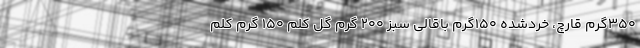
۳۵۰‌گرم قارچ، خردشده ۱۵۰‌گرم باقالی سبز ۲۰۰ گرم گل کلم ۱۵۰ گرم کلم